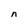
Character: n